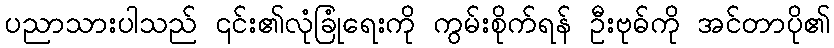
ပညာသားပါသည် ၎င်း၏လုံခြုံရေးကို ကွမ်းစိုက်ရန် ဦးဗုဓ်ကို အင်တာပို၏